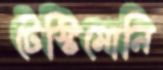
টেস্টিমোনি